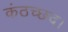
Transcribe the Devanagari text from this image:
कंठच्छद।